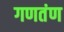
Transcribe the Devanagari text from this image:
गणतंण